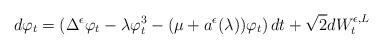
LaTeX: \begin{align*} d\varphi_t = (\Delta^\epsilon \varphi_t - \lambda \varphi_t^3 - (\mu+a^\epsilon(\lambda))\varphi_t)\, dt + \sqrt{2}dW_t^{\epsilon,L}\end{align*}